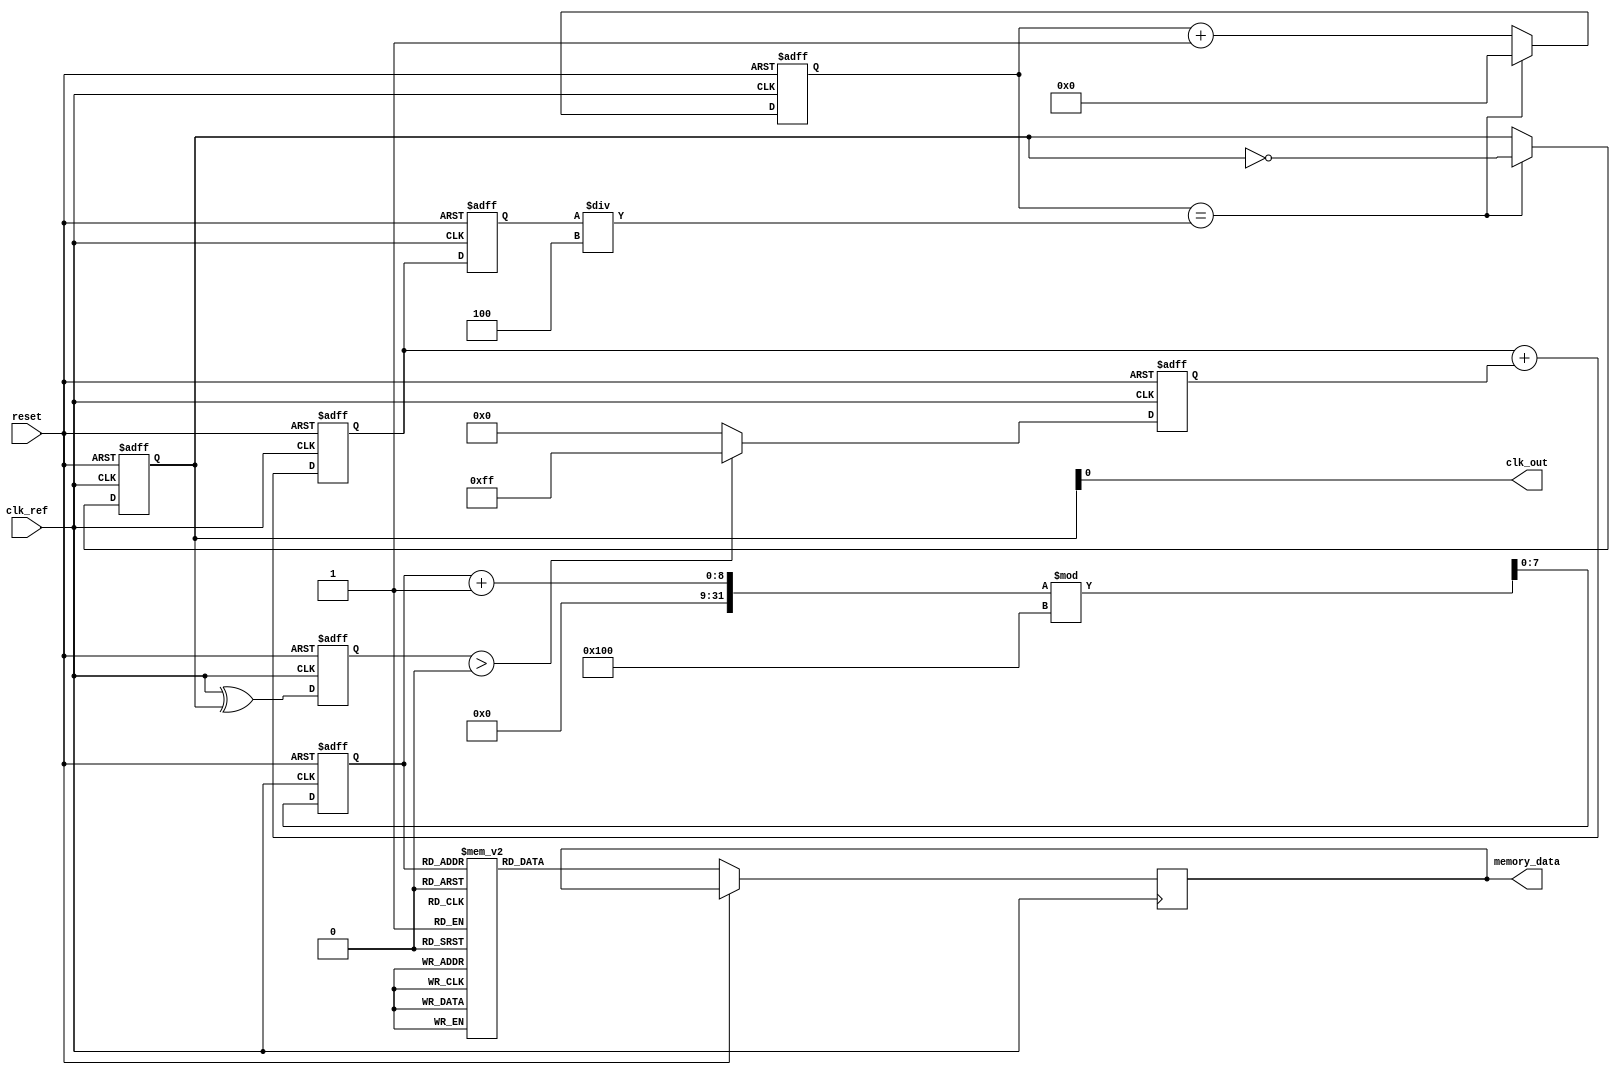
module memory_blocks_PLL(
    input wire clk_ref,           // Reference clock input
    input wire reset,             // Reset signal
    output wire clk_out,          // Output clock
    output wire [7:0] memory_data // Memory block data output
);

    // Parameters
    parameter DIV_RATIO = 4;      // Frequency divider ratio
    parameter MEMORY_SIZE = 256;   // Size of memory blocks

    // Internal signals
    reg [7:0] phase_error;         // Phase error signal
    reg [7:0] charge_pump_output;  // Charge pump output current
    reg [15:0] control_voltage;     // Control voltage for VCO
    reg [15:0] vco_frequency;       // VCO frequency output
    reg [7:0] memory_block [0:MEMORY_SIZE-1]; // Memory blocks for calibration data
    reg [7:0] memory_address;       // Current memory address
    reg [7:0] feedback_clk;         // Feedback clock signal
    reg [15:0] vco_counter;         // VCO frequency counter

    // Phase Detector (PD)
    always @(posedge clk_ref or posedge reset) begin
        if (reset) begin
            phase_error <= 0;
        end else begin
            // Simple phase detection logic (XOR for example)
            phase_error <= clk_ref ^ feedback_clk; // Placeholder for phase error calculation
        end
    end

    // Charge Pump (CP)
    always @(posedge clk_ref or posedge reset) begin
        if (reset) begin
            charge_pump_output <= 0;
        end else begin
            // Convert phase error to charge pump output
            charge_pump_output <= (phase_error > 0) ? 8'hFF : 8'h00; // Example logic
        end
    end

    // Loop Filter (simple first-order for demonstration)
    always @(posedge clk_ref or posedge reset) begin
        if (reset) begin
            control_voltage <= 0;
        end else begin
            control_voltage <= control_voltage + charge_pump_output; // Integrate charge pump output
        end
    end

    // Voltage-Controlled Oscillator (VCO)
    always @(posedge clk_ref or posedge reset) begin
        if (reset) begin
            vco_frequency <= 0;
        end else begin
            vco_frequency <= control_voltage; // Control VCO frequency with control voltage
        end
    end

    // Frequency Divider
    always @(posedge clk_ref or posedge reset) begin
        if (reset) begin
            feedback_clk <= 0;
            vco_counter <= 0;
        end else begin
            if (vco_counter == (vco_frequency / DIV_RATIO)) begin
                feedback_clk <= ~feedback_clk; // Toggle feedback clock
                vco_counter <= 0;
            end else begin
                vco_counter <= vco_counter + 1;
            end
        end
    end

    // Output clock assignment
    assign clk_out = feedback_clk;

    // Memory Blocks (for calibration data)
    always @(posedge clk_ref or posedge reset) begin
        if (reset) begin
            memory_address <= 0;
        end else begin
            // Example of reading from memory
            memory_data <= memory_block[memory_address];
            memory_address <= (memory_address + 1) % MEMORY_SIZE; // Circular addressing
        end
    end

endmodule